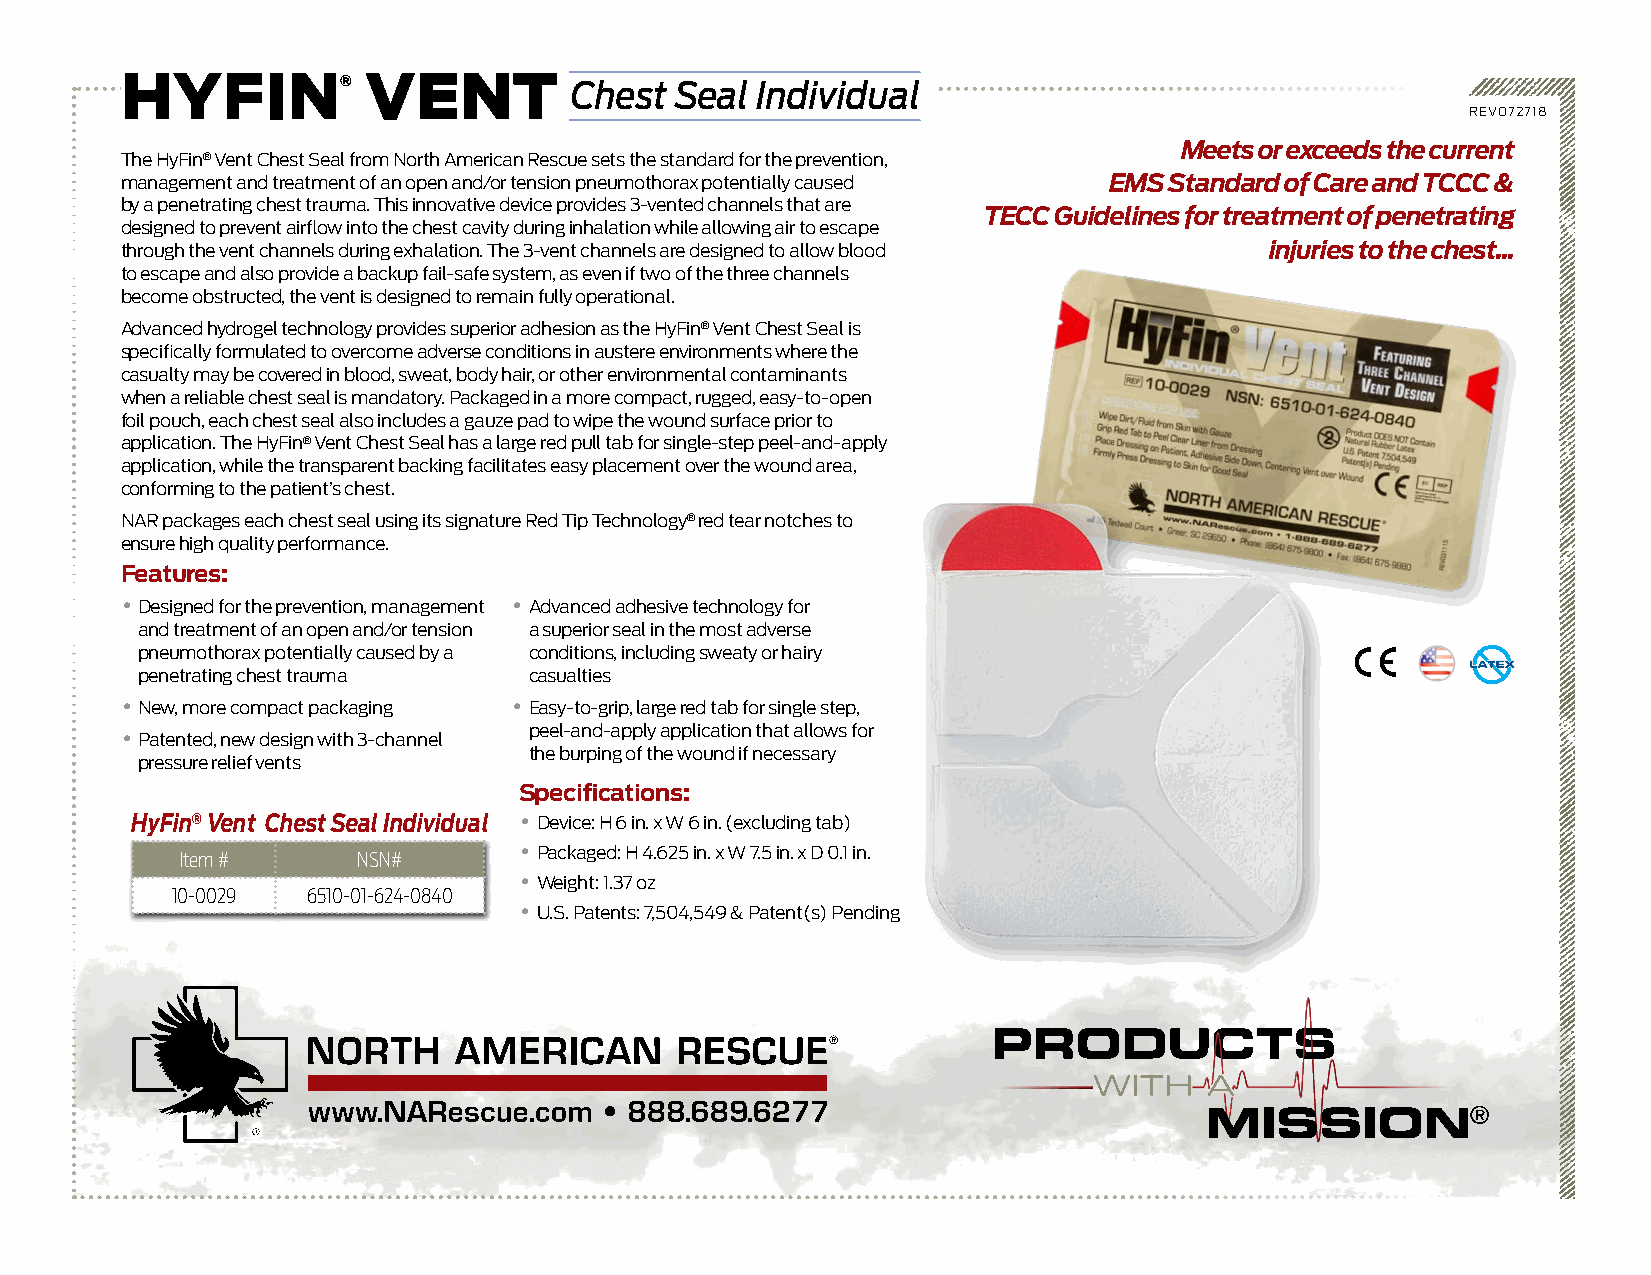
HYFIN®          VENT
 Chest  Seal Individual
 REV072718
 Meets or exceeds the current
 The HyFin® Vent Chest Seal from North American Rescue sets the standard for the prevention,
 management and treatment of an open and/or tension pneumothorax potentially caused EMS Standard of Care and TCCC &
 by a penetrating chest trauma. This innovative device provides 3-vented channels that are
 TECC Guidelines for treatment of penetrating
 designed to prevent airflow into the chest cavity during inhalation while allowing air to escape
 through the vent channels during exhalation. The 3-vent channels are designed to allow blood injuries to the chest...
 to escape and also provide a backup fail-safe system, as even if two of the three channels
 become obstructed, the vent is designed to remain fully operational.
 Advanced hydrogel technology provides superior adhesion as the HyFin® Vent Chest Seal is
 specifically formulated to overcome adverse conditions in austere environments where the
 casualty may be covered in blood, sweat, body hair, or other environmental contaminants
 when a reliable chest seal is mandatory. Packaged in a more compact, rugged, easy-to-open
 foil pouch, each chest seal also includes a gauze pad to wipe the wound surface prior to
 application. The HyFin® Vent Chest Seal has a large red pull tab for single-step peel-and-apply
 application, while the transparent backing facilitates easy placement over the wound area,
 conforming to the patient’s chest.
 NAR packages each chest seal using its signature Red Tip Technology® red tear notches to
 ensure high quality performance.
 Features:
 • Designed for the prevention, management • Advanced adhesive technology for
 and treatment of an open and/or tension a superior seal in the most adverse
 pneumothorax potentially caused by a conditions, including sweaty or hairy
 penetrating chest trauma  casualties
 • New, more compact packaging • Easy-to-grip, large red tab for single step,
 peel-and-apply application that allows for
 • Patented, new design with 3-channel
 the burping of the wound if necessary
 pressure relief vents
 Specifications:
 HyFin® Vent Chest Seal Individual • Device: H 6 in. x W 6 in. (excluding tab)
 • Packaged: H 4.625 in. x W 7.5 in. x D 0.1 in.
 Item #      NSN#
 • Weight: 1.37 oz
 10-0029  6510-01-624-0840
 • U.S. Patents: 7,504,549 & Patent(s) Pending